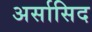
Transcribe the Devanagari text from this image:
अर्सासिद